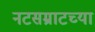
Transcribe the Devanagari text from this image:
नटसम्राटच्या